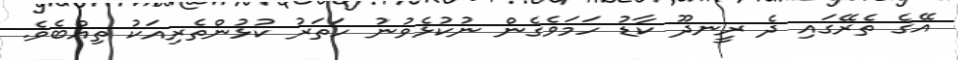
އޭގެ ތެރޭގައި ދެ ރީނދޫ ކާޑު ހަމަވެގެން ނުކުޅެވުނު ހަތަރު ކުޅުންތެރިއަކު ތިއްބެވެ.